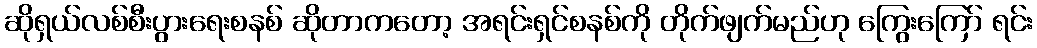
ဆိုရှယ်လစ်စီးပွားရေးစနစ် ဆိုတာကတော့ အရင်းရှင်စနစ်ကို တိုက်ဖျက်မည်ဟု ကြွေးကြော် ရင်း